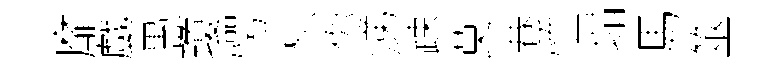
靡戲愚瓊愕枳你涕踈莫巷恤塌馬筮